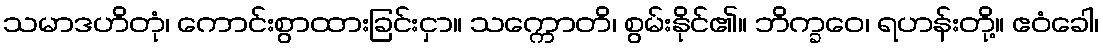
သမာဒဟိတုံ၊ ကောင်းစွာထားခြင်းငှာ။ သက္ကောတိ၊ စွမ်းနိုင်၏။ ဘိက္ခဝေ၊ ရဟန်းတို့။ ဧဝံခေါ၊